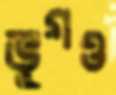
ভুগও